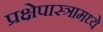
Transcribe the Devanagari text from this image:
प्रक्षेपास्त्रामध्ये